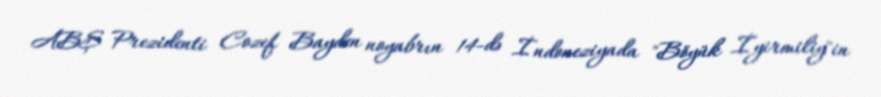
ABŞ Prezidenti Cozef Bayden noyabrın 14-də İndoneziyada "Böyük İyirmiliy"in